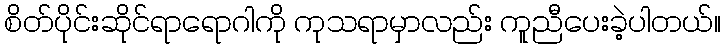
စိတ်ပိုင်းဆိုင်ရာရောဂါကို ကုသရာမှာလည်း ကူညီပေးခဲ့ပါတယ်။